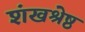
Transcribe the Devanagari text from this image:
शंखश्रेष्ठ